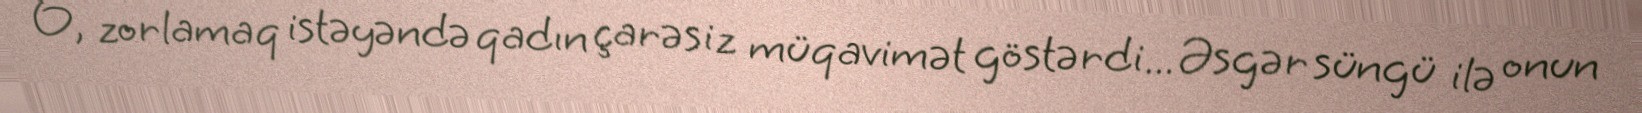
O, zorlamaq istəyəndə qadın çarəsiz müqavimət göstərdi... Əsgər süngü ilə onun